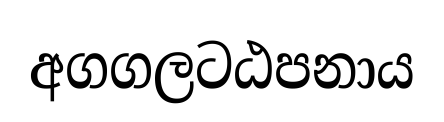
අගගලටඨපනාය